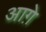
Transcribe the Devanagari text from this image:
आग़े